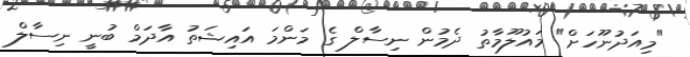
"މިއަދުނޫހަށް" މައުލޫމާތު ދެމުން ނިސާލް ގެ މަންމަ އައިޝަތު އާދަމް ބުނީ ނިސާލް